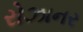
રોઝાનર